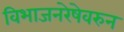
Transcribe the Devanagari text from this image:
विभाजनरेषेवरुन